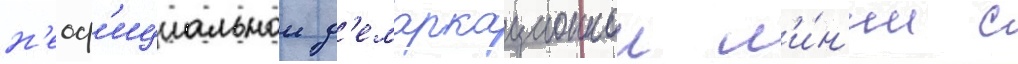
н'еоф'ициальнои д'емаркационнои л'и́н'ии с